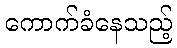
ကောက်ခံနေသည့်